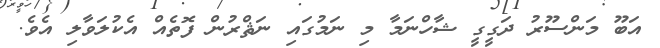
އަބޫ މަންސޫރު ދަގީގީ ޝާހްނަމާ މި ނަމުގައި ނަޘްރުން ފޮތެއް އެކުލަވާލި އެވެ.